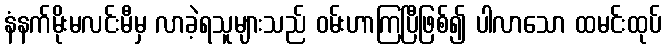
နံနက်မိုးမလင်းမီမှ လာခဲ့ရသူများသည် ဝမ်းဟာကြပြီဖြစ်၍ ပါလာသော ထမင်းထုပ်